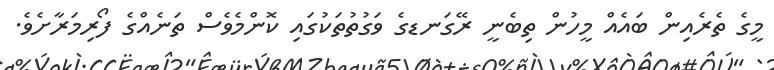
މީގެ ތެރެއިން ބައެއް މީހުން ތިބެނީ ރޭގަނޑގެ ވަގުތުތަކުގައި ކޮންމެވެސް ތަނެއްގެ ފޯރިމަރާށެވެ.